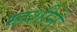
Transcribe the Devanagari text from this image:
म्हशीने